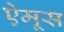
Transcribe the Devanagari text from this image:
ऐमूस